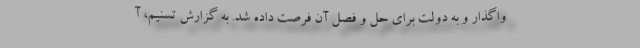
واگذار و به دولت برای حل و فصل آن فرصت داده شد. به گزارش تسنیم، آ